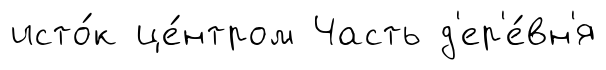
исто́к це́нтром Часть д'ер'е́вн'я